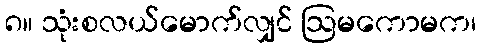
၈။ သုံးစလယ်မောက်လျှင် ဩမကောမက၊